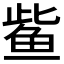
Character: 𫚖